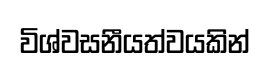
විශ්වසනීයත්වයකින්